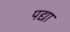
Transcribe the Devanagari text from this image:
पद्या